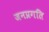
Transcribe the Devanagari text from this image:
जनप्रगति